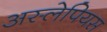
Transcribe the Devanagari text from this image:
अस्लेपियस